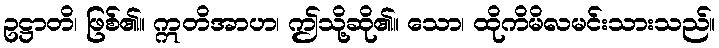
ဥဋ္ဌာတိ၊ ဖြစ်၏။ ဣတိအာဟ၊ ဤသို့ဆို၏။ သော၊ ထိုကိမိလမင်းသားသည်။